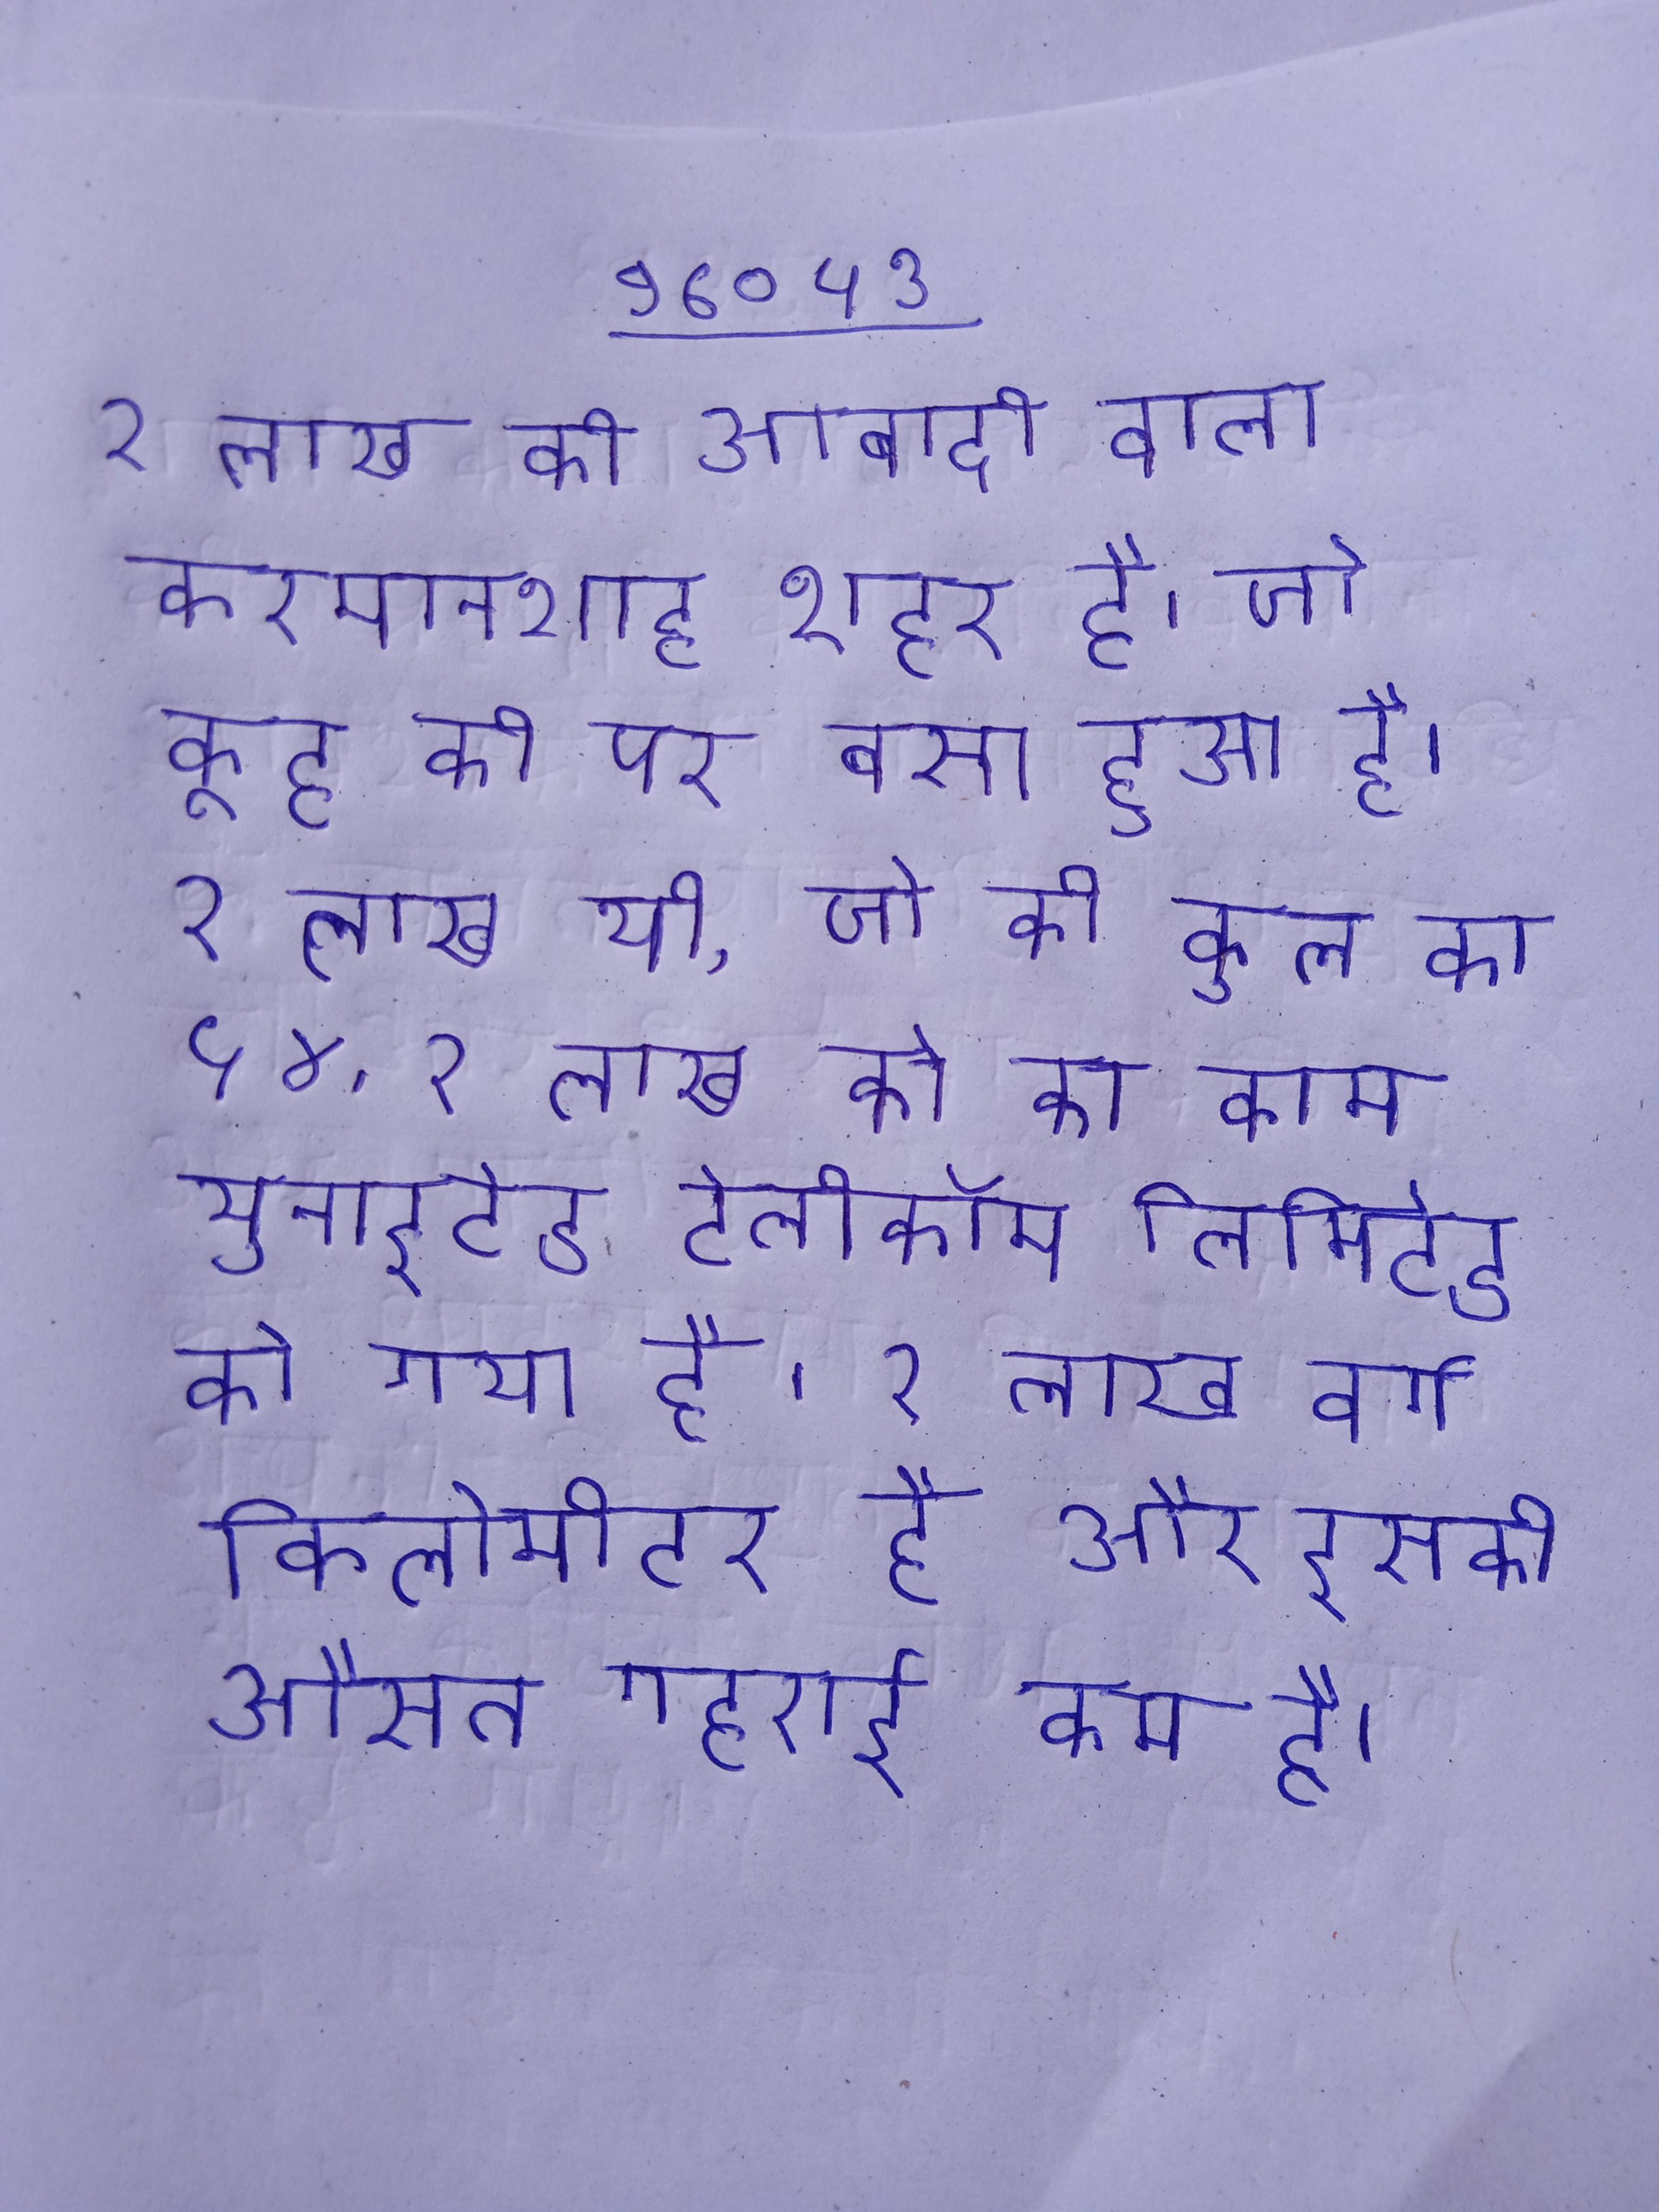
२ लाख की आबादी वाला करमानशाह शहर है जो कूह की पर बसा हुआ है । २ लाख थी, जो की कुल का ५४ . २ लाख को का काम युनाइटेड टेलीकॉम लिमिटेड को गया है । २ लाख वर्ग किलोमीटर है और इसकी औसत गहराई कम है ।